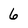
Character: 6